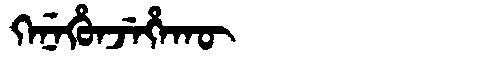
Manchu: ᡴᡝᠨᡝᡥᡠᠨᠵᡝᡥᠠᡴᡡ
Romanization: KENEHUNJEHAKŪ